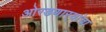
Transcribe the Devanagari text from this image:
ओरडणार्‍यांचा